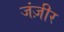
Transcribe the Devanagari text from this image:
जंज़ीर